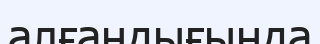
алғандығында